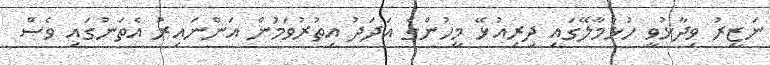
ނަޒީރު ވިދާޅުވީ ހުޅުމާލޭގައި ދިރިއުޅޭ މީހުންގެ އަދަދު އިތުރުވަމުން އަންނައިރު އެތަނުގައި ވެސް